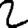
Digit: 2